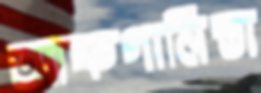
আফগানিস্তা